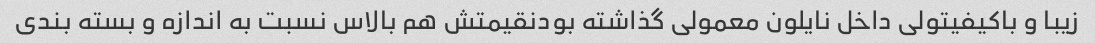
زیبا و باکیفیتولی داخل نایلون معمولی گذاشته بودنقیمتش هم بالاس نسبت به اندازه و بسته بندی